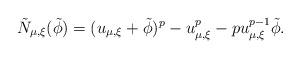
LaTeX: \begin{align*}\tilde{N}_{\mu, \xi}(\tilde{\phi}) = (u_{\mu, \xi} + \tilde{\phi})^p-u^p_{\mu, \xi} - pu_{\mu, \xi}^{p-1}\tilde{\phi}.\end{align*}